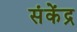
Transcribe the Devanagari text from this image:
संकेंद्र